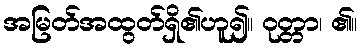
အမြတ်အထွတ်ရှိ၏ဟူ၍။ ဝုတ္တာ၊ ၏။